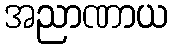
အညာဏာယ